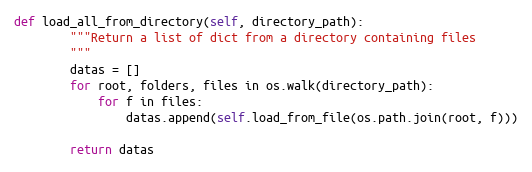
Language: Python
def load_all_from_directory(self, directory_path):
        """Return a list of dict from a directory containing files
        """
        datas = []
        for root, folders, files in os.walk(directory_path):
            for f in files:
                datas.append(self.load_from_file(os.path.join(root, f)))

        return datas